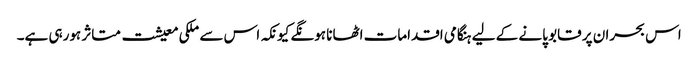
اس بحران پر قابو پانے کے لیے ہنگامی اقدامات اٹھانا ہونگے کیونکہ اس سے ملکی معیشت متاثر ہورہی ہے۔